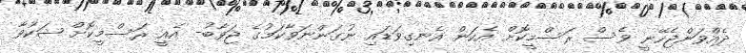
ދެއްވަންޖެހޭނީ ވެސް ރަސްމީކޮށް އެކަން އެނގިވަޑައި ނުގަންނަވާކަމުގެ ޖަވާބު- އެއީ ރަސްމީކޮށް ޝަކުވާ